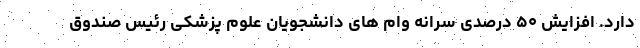
دارد. افزایش ۵۰ درصدی سرانه وام های دانشجویان علوم پزشکی رئیس صندوق